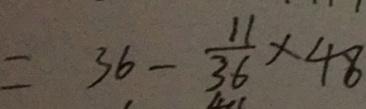
= 3 6 - \frac { 1 1 } { 3 6 } \times 4 8